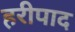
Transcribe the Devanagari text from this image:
हरीपाद